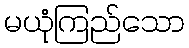
မယုံကြည်သော